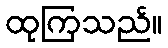
ထုကြသည်။